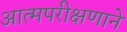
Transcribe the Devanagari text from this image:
आत्मपरीक्षणाने